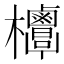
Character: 𣡣